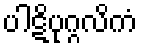
ပါဋိပုဂ္ဂလိကံ